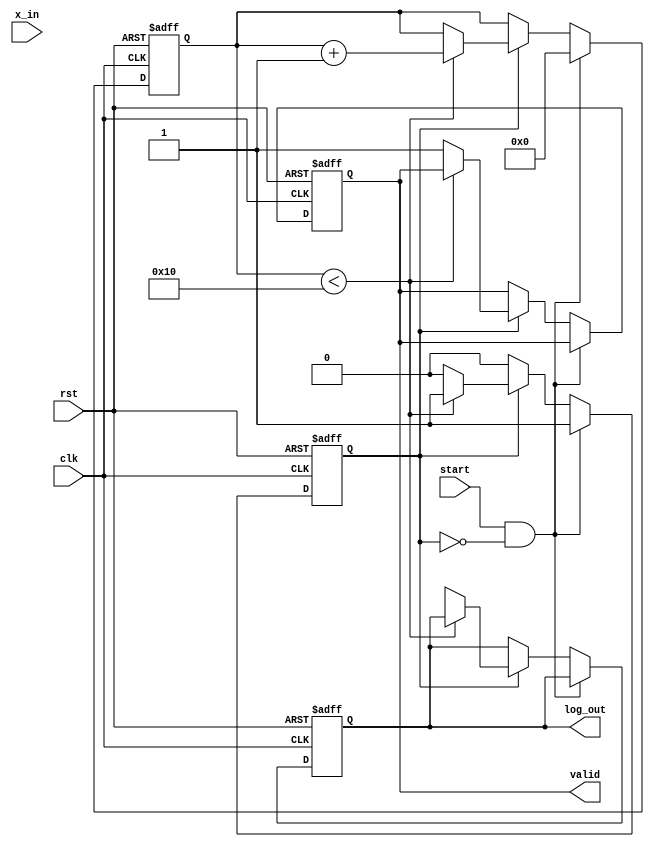
module cordic_logarithm (
    input wire clk,
    input wire rst,
    input wire start,
    input wire [31:0] x_in, // Input value (fixed-point representation)
    output reg [31:0] log_out, // Output logarithm value
    output reg valid // Output valid flag
);

    // Parameters
    parameter MAX_ITER = 16; // Maximum number of iterations
    parameter ANGLE_TABLE_SIZE = 16; // Size of the angle table

    // Internal signals
    reg [31:0] x [0:MAX_ITER-1]; // x values for each iteration
    reg [31:0] y [0:MAX_ITER-1]; // y values for each iteration
    reg [31:0] z [0:MAX_ITER-1]; // z values for each iteration (angle)
    reg [3:0] iteration; // Current iteration count
    reg [31:0] angle_table [0:ANGLE_TABLE_SIZE-1]; // Angle lookup table
    reg processing; // Processing state

    // Initialize angle table (arctangent values)
    initial begin
        angle_table[0] = 32'h00000000; // atan(1) = 0
        angle_table[1] = 32'h3F19999A; // atan(0.5) = 26.565 degrees
        angle_table[2] = 32'h3E4CCCCD; // atan(0.25) = 14.036 degrees
        angle_table[3] = 32'h3D89FCE0; // atan(0.125) = 7.125 degrees
        // Add more angles as needed...
    end

    // State machine for CORDIC processing
    always @(posedge clk or posedge rst) begin
        if (rst) begin
            iteration <= 0;
            valid <= 0;
            processing <= 0;
            log_out <= 0;
        end else if (start && !processing) begin
            // Initialize inputs
            x[0] <= x_in; // Initial x value
            y[0] <= 0; // Initial y value
            z[0] <= 0; // Initial angle
            iteration <= 0;
            processing <= 1;
        end else if (processing) begin
            if (iteration < MAX_ITER) begin
                // CORDIC rotation logic
                if (y[iteration] < 0) begin
                    // Rotate clockwise
                    x[iteration + 1] <= x[iteration] + (y[iteration] >> iteration);
                    y[iteration + 1] <= y[iteration] - (x[iteration] >> iteration);
                    z[iteration + 1] <= z[iteration] - angle_table[iteration];
                end else begin
                    // Rotate counter-clockwise
                    x[iteration + 1] <= x[iteration] - (y[iteration] >> iteration);
                    y[iteration + 1] <= y[iteration] + (x[iteration] >> iteration);
                    z[iteration + 1] <= z[iteration] + angle_table[iteration];
                end
                iteration <= iteration + 1;
            end else begin
                // Final output
                log_out <= z[MAX_ITER]; // Output the final angle as logarithm
                valid <= 1; // Indicate output is valid
                processing <= 0; // End processing
            end
        end
    end

endmodule